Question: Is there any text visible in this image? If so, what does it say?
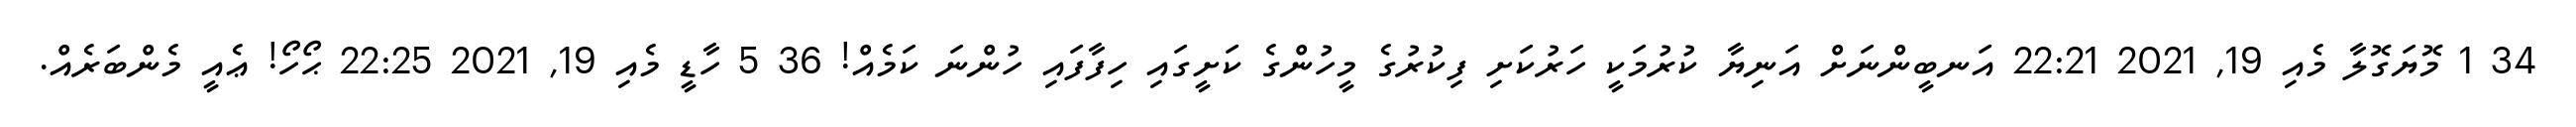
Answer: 34 1 މޮޔަގޮލާ މެއި 19, 2021 22:21 އަނބީންނަށް އަނިޔާ ކުރުމަކީ ހަރުކަށި ފިކުރުގެ މީހުންގެ ކަށީގައި ހިފާފައި ހުންނަ ކަމެއް! 36 5 ހާޑީ މެއި 19, 2021 22:25 ޙޯހޯ! ޢެއީ މެންބަރެއް.